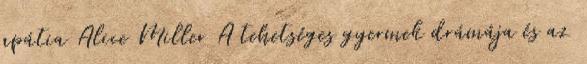
apátia Alice Miller A tehetséges gyermek drámája és az